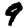
Digit: 9